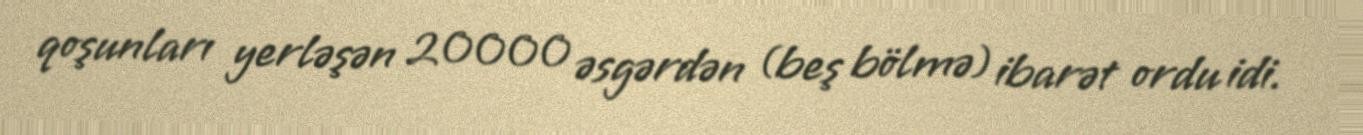
qoşunları yerləşən 20000 əsgərdən (beş bölmə) ibarət ordu idi.